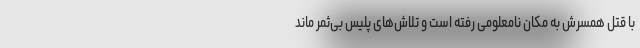
با قتل همسرش به مکان نامعلومی رفته است و تلاش‌های پلیس بی‌ثمر ماند